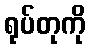
ရုပ်တုကို